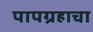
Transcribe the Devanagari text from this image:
पापग्रहाचा